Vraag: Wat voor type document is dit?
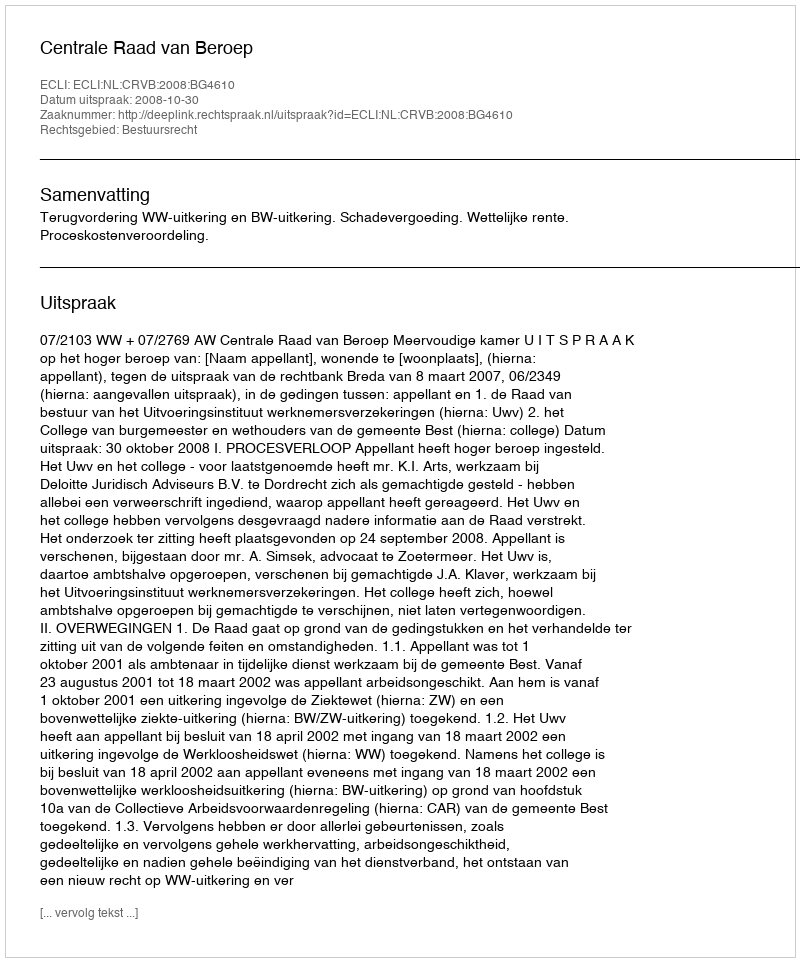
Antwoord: Uitspraak